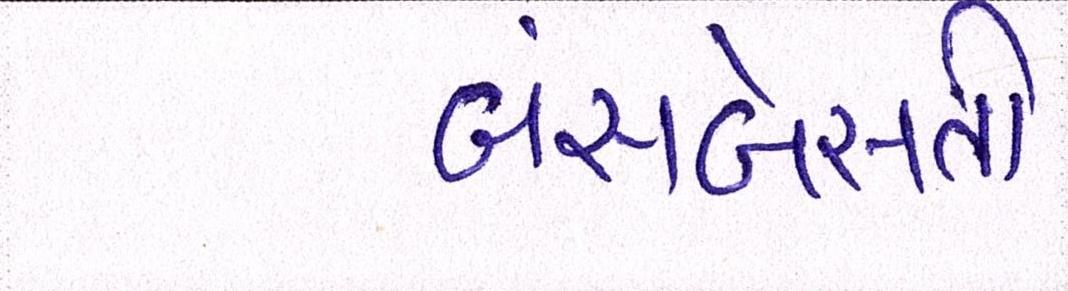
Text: બંસબેસતી